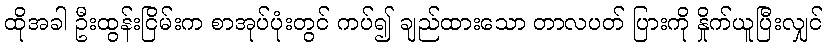
ထိုအခါ ဦးထွန်းငြိမ်းက စာအုပ်ပုံးတွင် ကပ်၍ ချည်ထားသော တာလပတ် ပြားကို နှိုက်ယူပြီးလျှင်